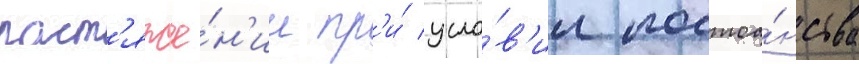
раст'яже́н'ии пр'и́ усло́в'ии постоа́нства